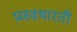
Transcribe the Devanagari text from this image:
प्रणवभारती